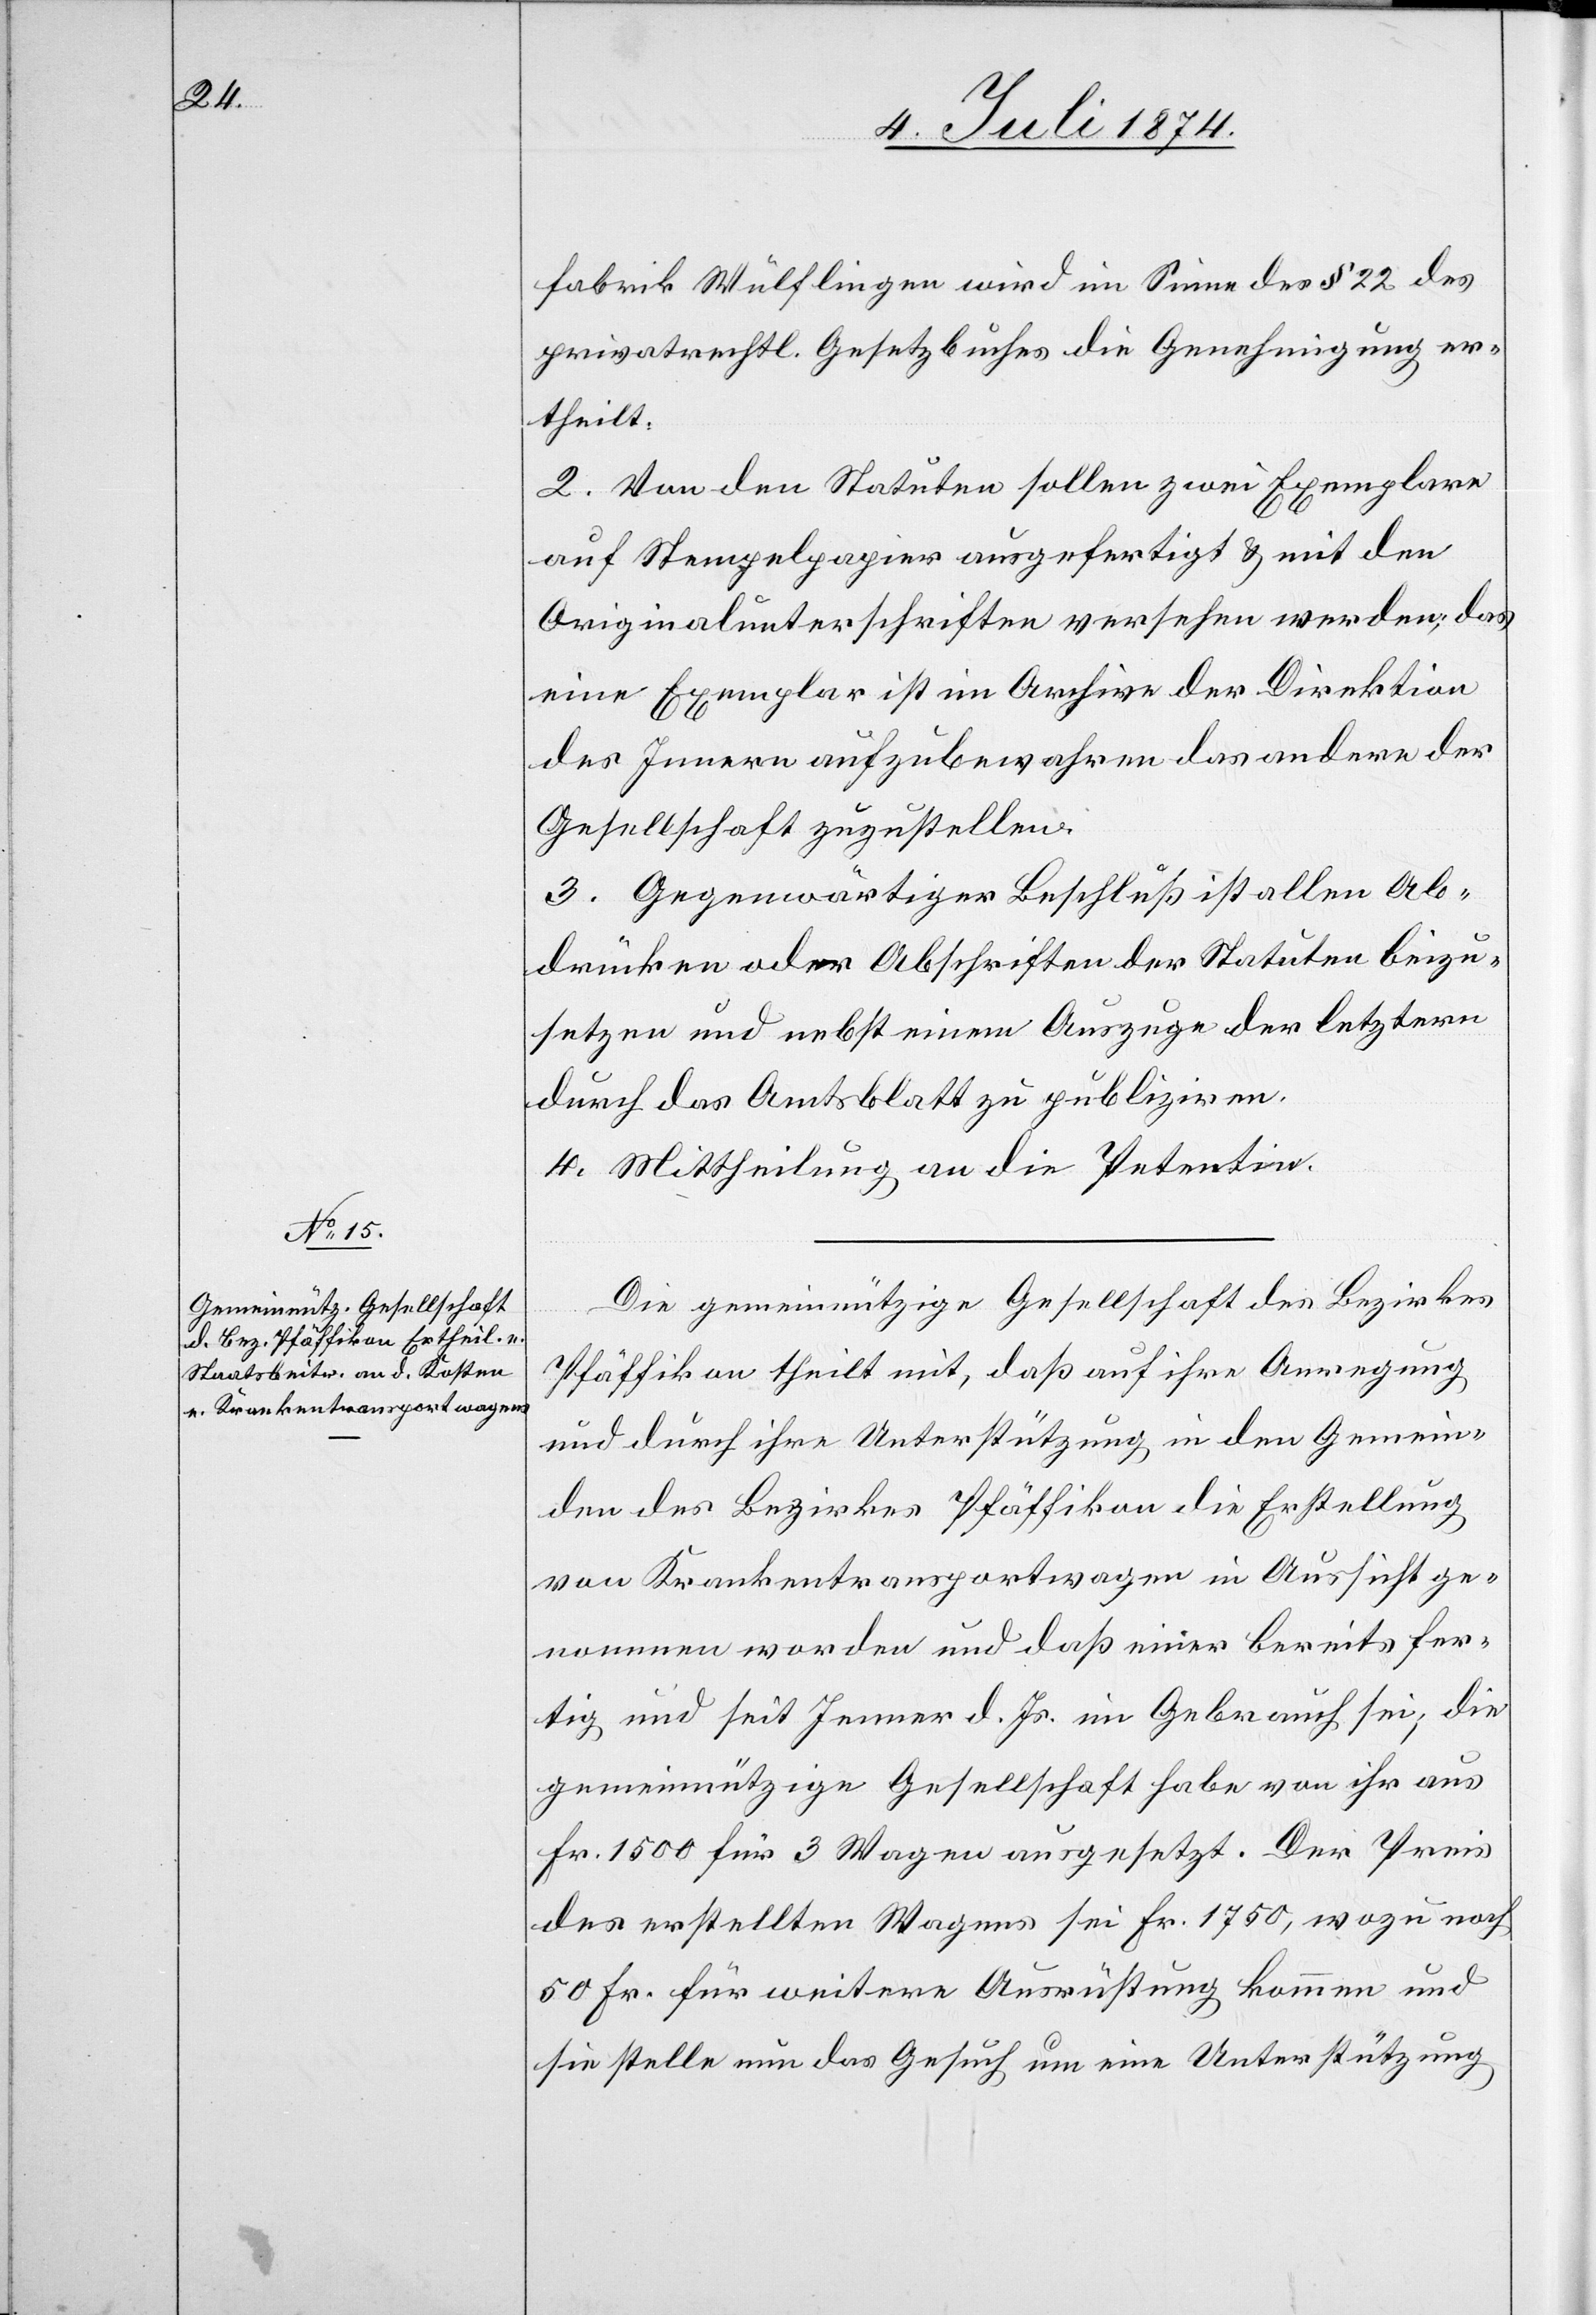
fabrik Wülflingen[“]wird im Sinne des § 22 des
privatrechtl. Gesetzbuches die Genehmigung er¬
theilt:
2. Von den Statuten sollen zwei Exemplare
auf Stempelpapier ausgefertigt u. mit den
Originalunterschriften versehen werden, das
eine Exemplar ist im Archive der Direktion
des Innern aufzubewahren[,] das andere der
Gesellschaft zuzustellen.
3. Gegenwärtiger Beschluß ist allen Ab¬
drücken oder Abschriften der Statuten beizu¬
setzen und nebst einem Auszuge der letztern
durch das Amtsblatt zu publiziren.
4. Mittheilung an die Petenten.
Die gemeinnützige Gesellschaft des Bezirkes
Pfäffikon theilt mit, daß auf ihre Anregung
und durch ihre Unterstützung in den Gemein¬
den des Bezirkes Pfäffikon die Erstellung
von Krankentransportwagen in Aussicht ge¬
nommen worden und daß einer bereits fer¬
tig und seit Jenner d. Js. im Gebrauch sei; die
gemeinnützige Gesellschaft habe von ihr aus
Fr. 1500 für 3 Wagen ausgesetzt. Der Preis
des erstellten Wagens sei Fr. 1750, wozu noch
50 Fr. für weitere Ausrüstung kommen und
sie stelle nun das Gesuch um eine Unterstützung